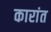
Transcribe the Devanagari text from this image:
कारांत